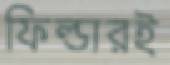
ফিল্ডারই